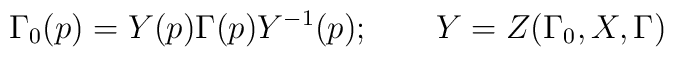
\Gamma _{0}(p)=Y(p)\Gamma (p)Y^{-1}(p);\qquad Y=Z(\Gamma _{0},X,\Gamma )